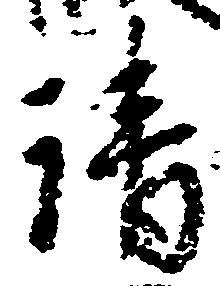
請